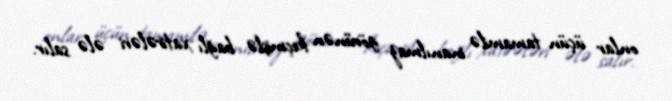
onlar üçün tamamilə inanılmaz görünən keçmişlə bağlı xatirələri ələ salır.